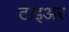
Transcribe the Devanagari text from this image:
टाइअर